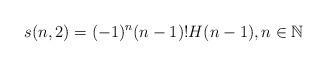
LaTeX: \begin{align*}s(n,2)=(-1)^n(n-1)!H(n-1),n\in\mathbb{N}\end{align*}